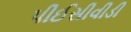
પીઈસીવીડી